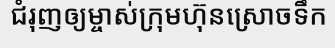
ជំរុញឲ្យម្ចាស់ក្រុមហ៊ុនស្រោចទឹក